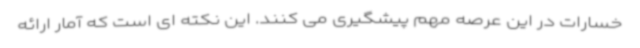
خسارات در این عرصه مهم پیشگیری می کنند. این نکته ای است که آمار ارائه